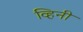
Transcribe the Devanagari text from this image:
व्हिनी